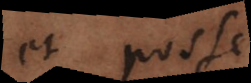
et posse